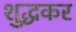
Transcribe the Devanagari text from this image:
शुद्धकर